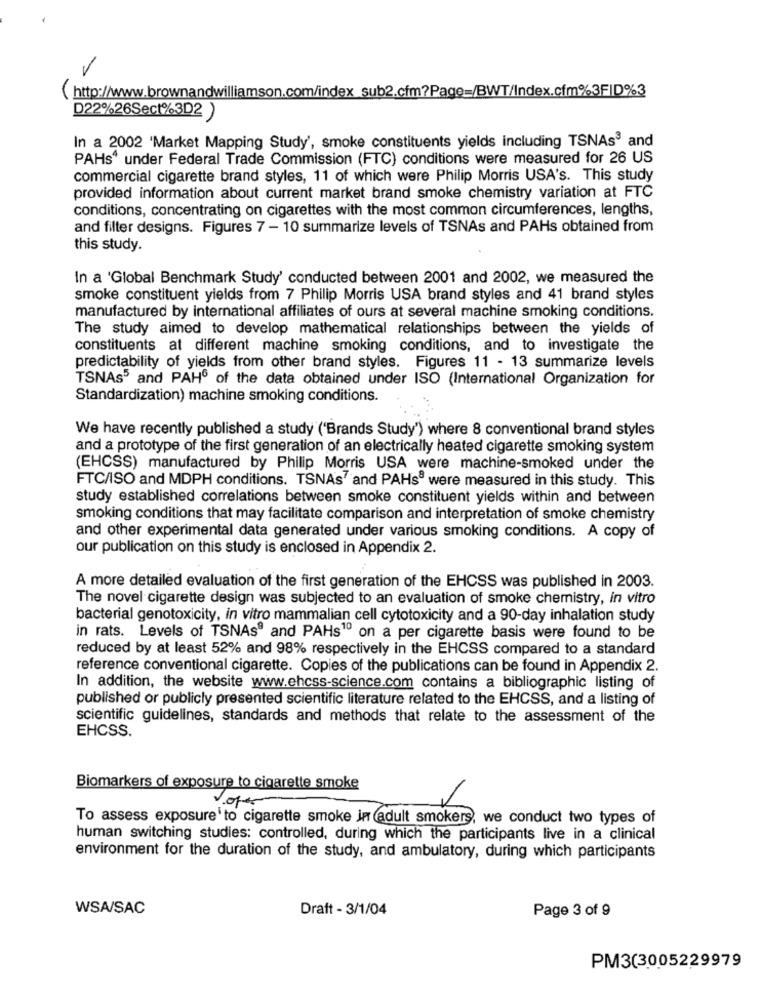
( http://www.brownandwilliamson.com/index_sub2.cfm?Page=/BWT/Index.cfm%3FID%3
D22%26Sect%3D2 )
In a 2002 'Market Mapping Study', smoke constituents yields including TSNAs3 and
PAHs' under Federal Trade Commission (FTC) conditions were measured for 26 US
commercial cigarette brand styles, 11 of which were Philip Morris USA's. This study
provided information about current market brand smoke chemistry variation at FTC
conditions, concentrating on cigarettes with the most common circumferences, lengths,
and filter designs. Figures 7 - 10 summarize levels of TSNAs and PAHs obtained from
this study.
In a 'Global Benchmark Study' conducted between 2001 and 2002, we measured the
smoke constituent yields from 7 Philip Morris USA brand styles and 41 brand styles
manufactured by international affiliates of ours at several machine smoking conditions.
The study aimed to develop mathematical relationships between the yields of
constituents at different machine smoking conditions, and to investigate the
predictability of yields from other brand styles. Figures 11 - 13 summarize levels
TSNAs' and PAH6 of the data obtained under ISO (International Organization for
Standardization) machine smoking conditions.
We have recently published a study ('Brands Study') where 8 conventional brand styles
and a prototype of the first generation of an electrically heated cigarette smoking system
(EHCSS) manufactured by Philip Morris USA were machine-smoked under the
FTC/ISO and MDPH conditions. TSNAs' and PAHse were measured in this study. This
study established correlations between smoke constituent yields within and between
smoking conditions that may facilitate comparison and interpretation of smoke chemistry
and other experimental data generated under various smoking conditions. A copy of
our publication on this study is enclosed in Appendix 2.
A more detailed evaluation of the first generation of the EHCSS was published in 2003.
The novel cigarette design was subjected to an evaluation of smoke chemistry, in vitro
bacterial genotoxicity, in vitro mammalian cell cytotoxicity and a 90-day inhalation study
in rats. Levels of TSNAs® and PAHs10 on a per cigarette basis were found to be
reduced by at least 52% and 98% respectively in the EHCSS compared to a standard
reference conventional cigarette. Copies of the publications can be found in Appendix 2.
In addition, the website www.ehcss-science.com contains a bibliographic listing of
published or publicly presented scientific literature related to the EHCSS, and a listing of
scientific guidelines, standards and methods that relate to the assessment of the
EHCSS.
Biomarkers of exposure to cigarette smoke
Voper
To assess exposure to cigarette smoke jn (adult smokers, we conduct two types of
human switching studies: controlled, during which the participants live in a clinical
environment for the duration of the study, and ambulatory, during which participants
WSA/SAC
Draft - 3/1/04
Page 3 of 9
PM3(3005229979